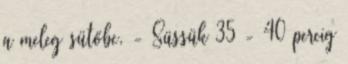
a meleg sütőbe. - Süssük 35 - 40 percig